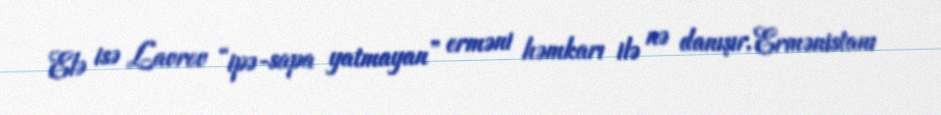
Elə isə Lavrov “ipə-sapa yatmayan” erməni həmkarı ilə nə danışır, Ermənistanı